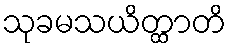
သုခမသယိတ္ထာတိ